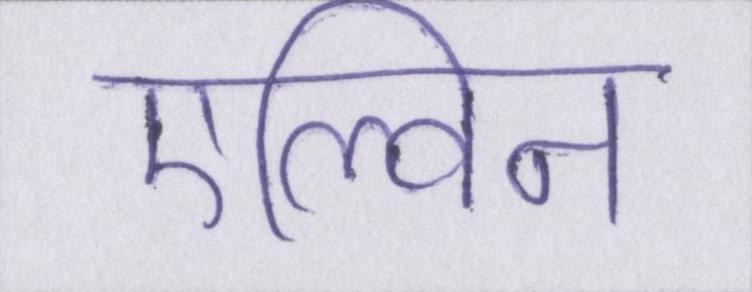
एल्विन